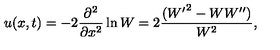
u ( x , t ) = - 2 \frac { \partial ^ { 2 } } { \partial x ^ { 2 } } \ln W = 2 \frac { ( { W ^ { \prime } } ^ { 2 } - W W ^ { \prime \prime } ) } { W ^ { 2 } } ,